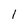
Character: 1